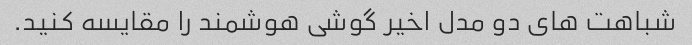
شباهت های دو مدل اخیر گوشی هوشمند را مقایسه کنید.